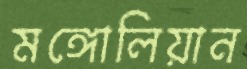
মঙ্গোলিয়ান